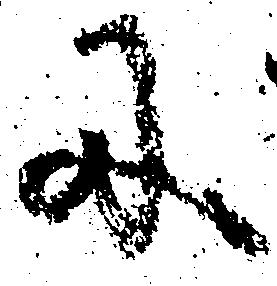
に